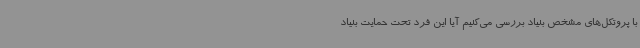
با پروتکل‌های مشخص بنیاد بررسی می‌کنیم آیا این فرد تحت حمایت بنیاد